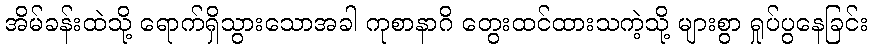
အိမ်ခန်းထဲသို့ ရောက်ရှိသွားသောအခါ ကုစာနာဂိ တွေးထင်ထားသကဲ့သို့ များစွာ ရှုပ်ပွနေခြင်း